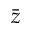
\bar { z }